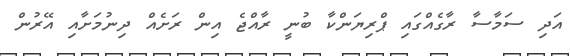
އަދި ސަމާސާ ރާގެއްގައި ޕްރިޔަންކާ ބުނީ ރާއްޖެ އިން ރަށެއް ދިނުމަށާއި އޭރުން